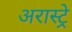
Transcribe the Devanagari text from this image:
अरास्ट्रे